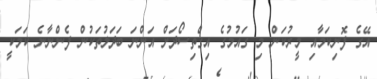
އޭގެ ފޮނިކަމާއި މީރުކަން މި ގައުމުގެ އިގްތިސޯދަށް އަންނަ ބަދަލުތަކުން ފެންނާނެ ކަމަކީ